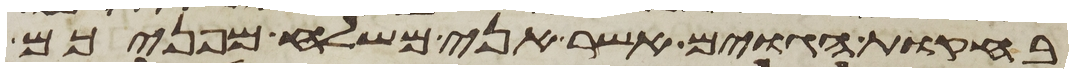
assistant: בחקות הגוים אשר אני משלח מפניכם